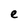
Character: e